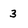
Character: 3